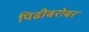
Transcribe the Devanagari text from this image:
पिढीबरोबर